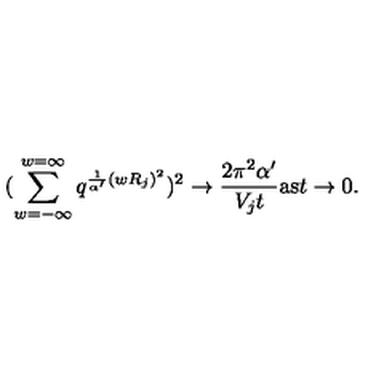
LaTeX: ( \sum _ { w = - \infty } ^ { w = \infty } q ^ { \frac { 1 } { \alpha ^ { \prime } } ( w R _ { j } ) ^ { 2 } } ) ^ { 2 } \rightarrow \frac { 2 \pi ^ { 2 } \alpha ^ { \prime } } { V _ { j } t } \mathrm { a s } t \rightarrow 0 .